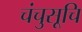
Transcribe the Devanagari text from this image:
चंचुसूचि